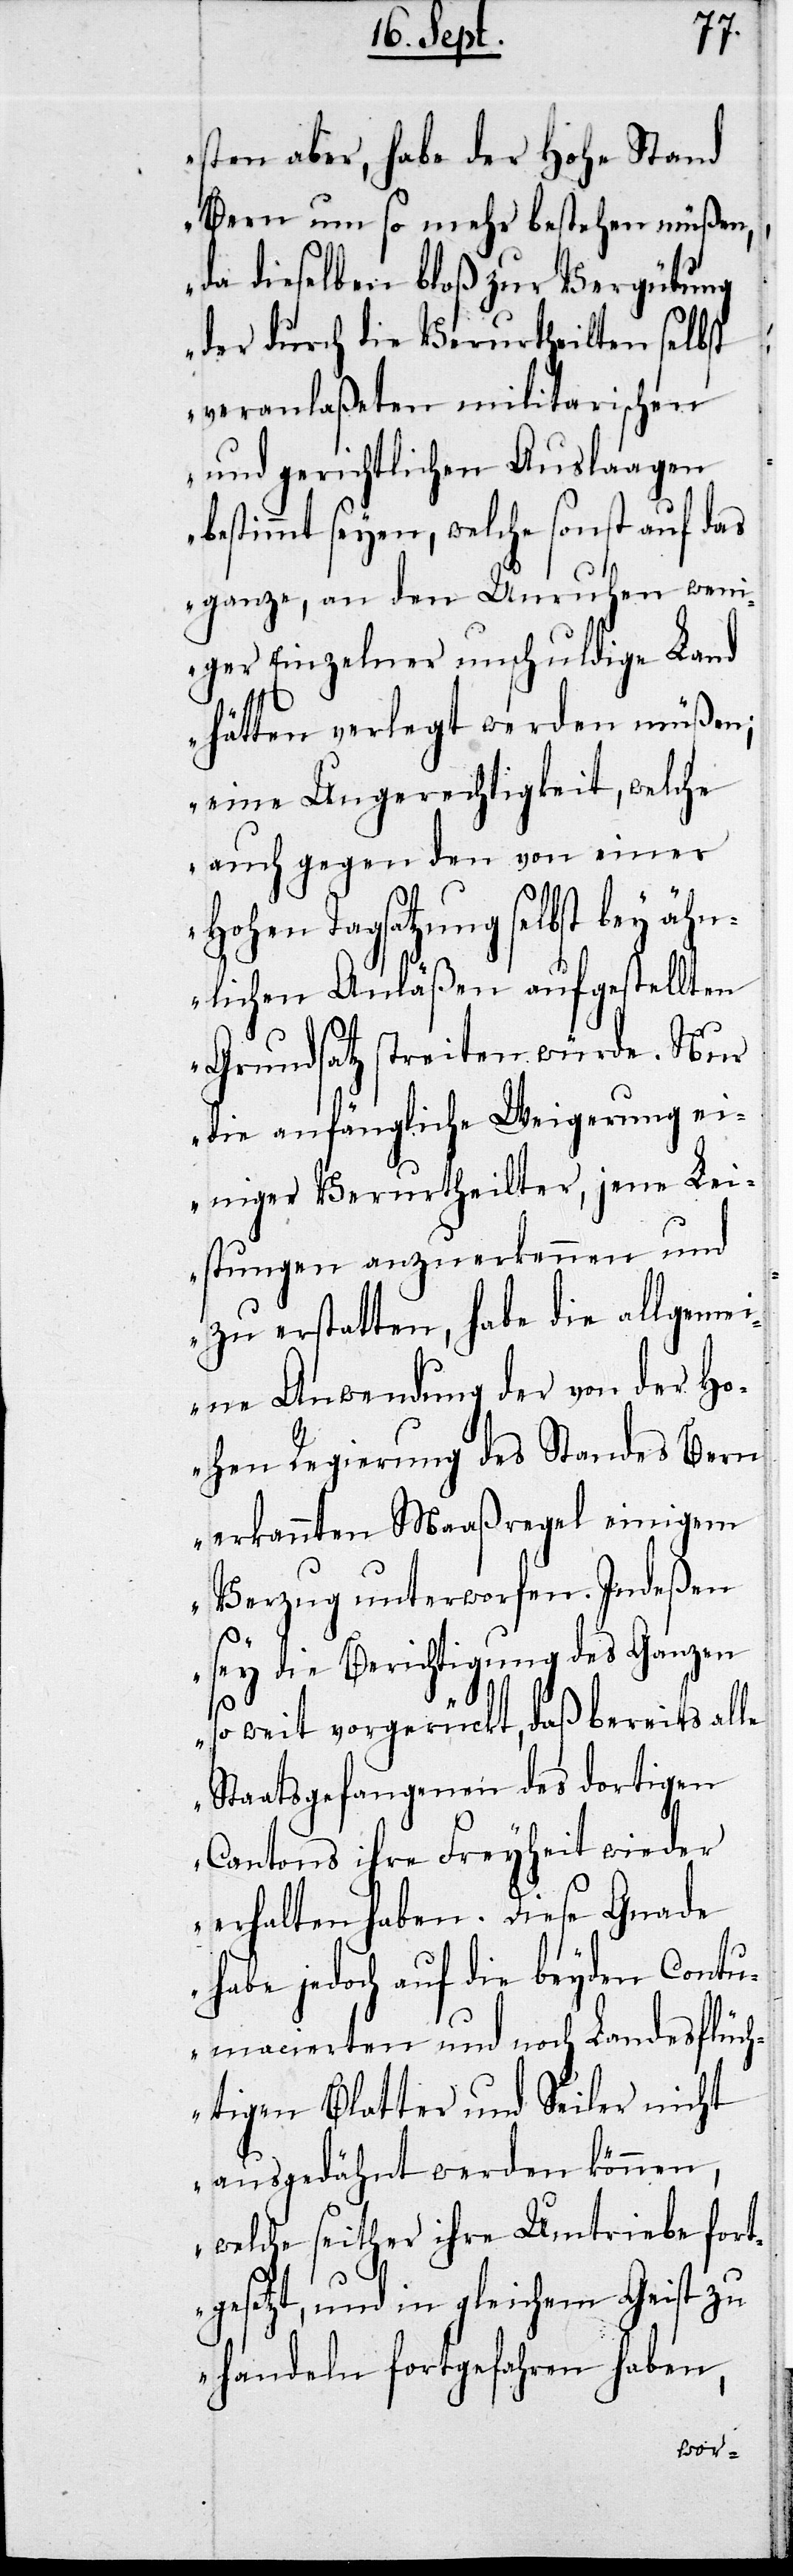
sten aber, habe der Hohe Stand
Bern um so mehr bestehen müßen,
da dieselben bloß zur Vergütung
der durch die Verurtheilten selbst
veranlaßten militarischen
und gerichtlichen Auslagen
bestimmt seyen, welche sonst auf das
ganze, an den Unruhen wen¬
iger Einzelner unschuldige Land
hätten verlegt werden müßen;
eine Ungerechtigkeit, welche
auch gegen den von einer
Hohen Tagsatzung selbst bey äh¬
nlichen Anläßen aufgestellten
Grundsatz streiten würde. Nur
die anfängliche Weigerung ei¬
niger Verurtheilter, jene Lei¬
stungen anzuerkennen und
zu erstatten, habe die allgeme¬
ine Anwendung der von der Ho¬
hen Regierung des Standes Bern
erkannten Maßregel einigem
Verzug unterworfen. Indeßen
sey die Berichtigung des Ganzen
so weit vorgerückt, daß bereits alle
Staatsgefangenen des dortigen
Cantons ihre Freyheit wieder
erhalten haben. Diese Gnade
habe jedoch auf die beyden Contu¬
macierten und noch Landesflüch¬
tigen Blatter und Seiler nicht
ausgedähnt werden können,
welche seither ihre Umtriebe fort¬
gesetzt, und in gleichem Geist zu
handeln fortgefahren haben,